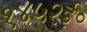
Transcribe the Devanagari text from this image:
१४५२ई॰